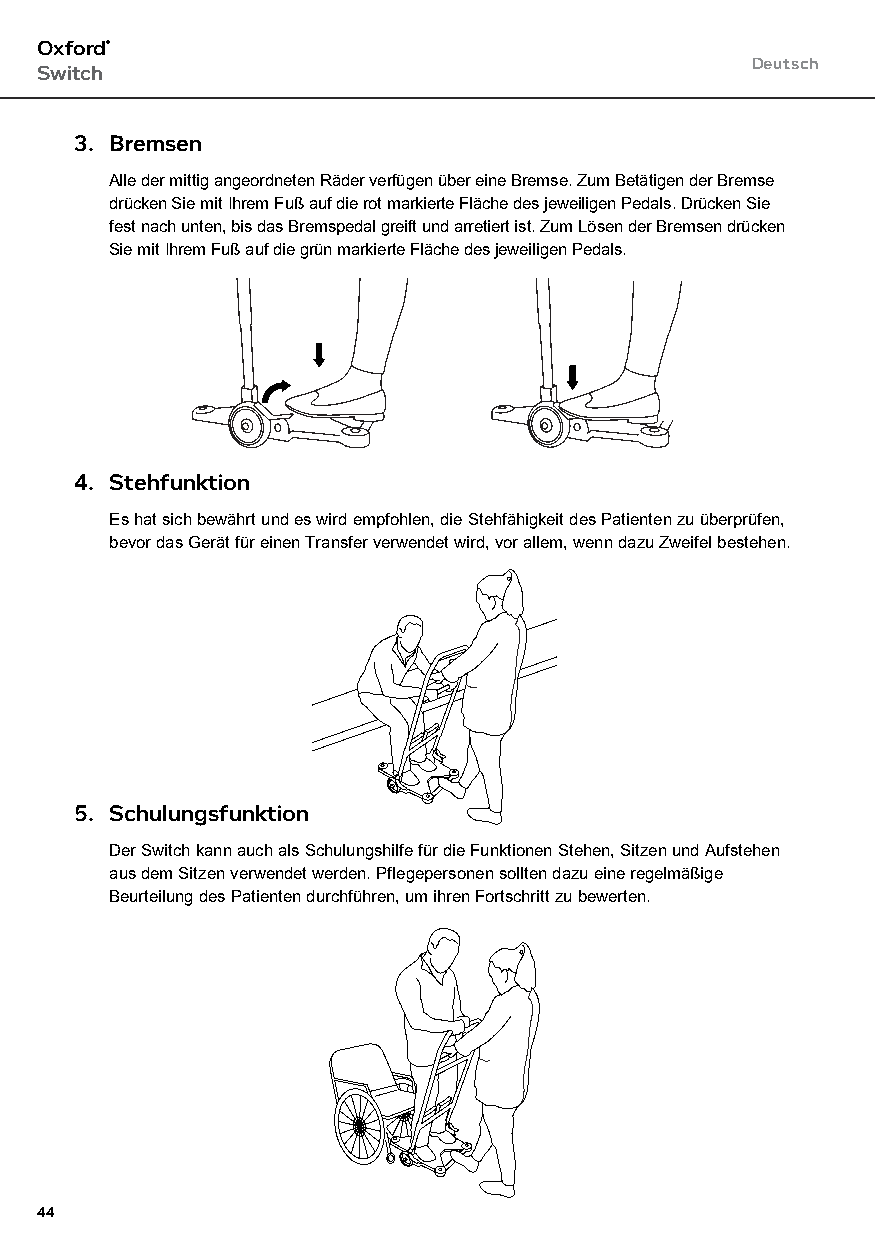
Oxford®
 Deutsch
 Switch
 3. Bremsen
 Alle der mittig angeordneten Räder verfügen über eine Bremse. Zum Betätigen der Bremse
 drücken Sie mit Ihrem Fuß auf die rot markierte Fläche des jeweiligen Pedals. Drücken Sie
 fest nach unten, bis das Bremspedal greift und arretiert ist. Zum Lösen der Bremsen drücken
 Sie mit Ihrem Fuß auf die grün markierte Fläche des jeweiligen Pedals.
 4. Stehfunktion
 Es hat sich bewährt und es wird empfohlen, die Stehfähigkeit des Patienten zu überprüfen,
 bevor das Gerät für einen Transfer verwendet wird, vor allem, wenn dazu Zweifel bestehen.
 5. Schulungsfunktion
 Der Switch kann auch als Schulungshilfe für die Funktionen Stehen, Sitzen und Aufstehen
 aus dem Sitzen verwendet werden. Pflegepersonen sollten dazu eine regelmäßige
 Beurteilung des Patienten durchführen, um ihren Fortschritt zu bewerten.
 44